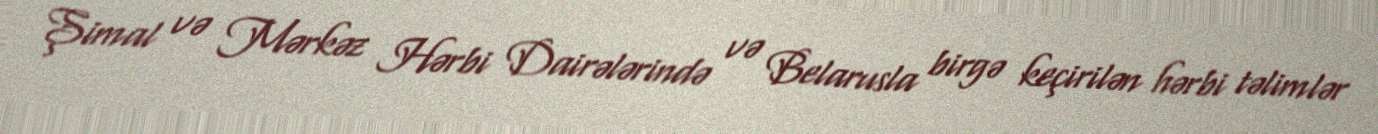
Şimal və Mərkəz Hərbi Dairələrində və Belarusla birgə keçirilən hərbi təlimlər